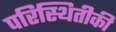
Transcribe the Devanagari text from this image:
परिस्थितीकी